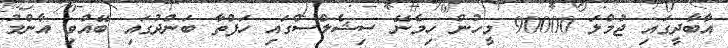
އާބާދީގައި ޖުމްލަ 90000 މީހުން ހިމެނޭ ސިޝެލްސްގައި ހަފްތާ ބަންދުގައި ބޭއްވި އާންމު